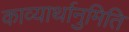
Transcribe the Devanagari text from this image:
काव्यार्थानुमिति